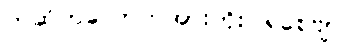
တဆိတ်လောက်အားကိုးပါရစေဗျာ